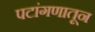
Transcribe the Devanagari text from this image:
पटांगणातून